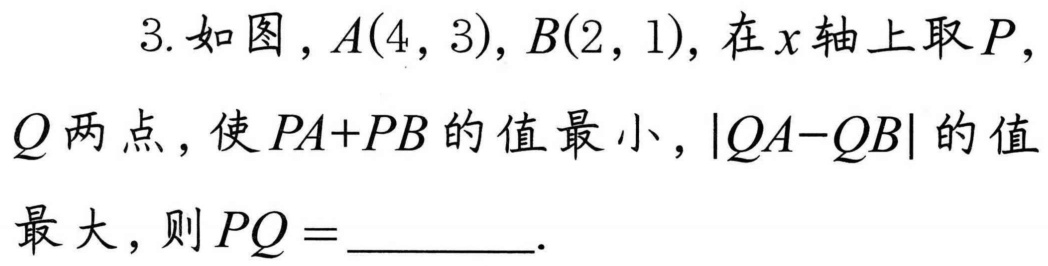
3. 如图，\(A(4,3),B(2,1)\)，在\(x\)轴上取\(P\)，\(Q\)两点，使\(PA + PB\)的值最小，\(\vert QA - QB\vert\)的值最大，则\(PQ=\underline{\quad\quad}\)。